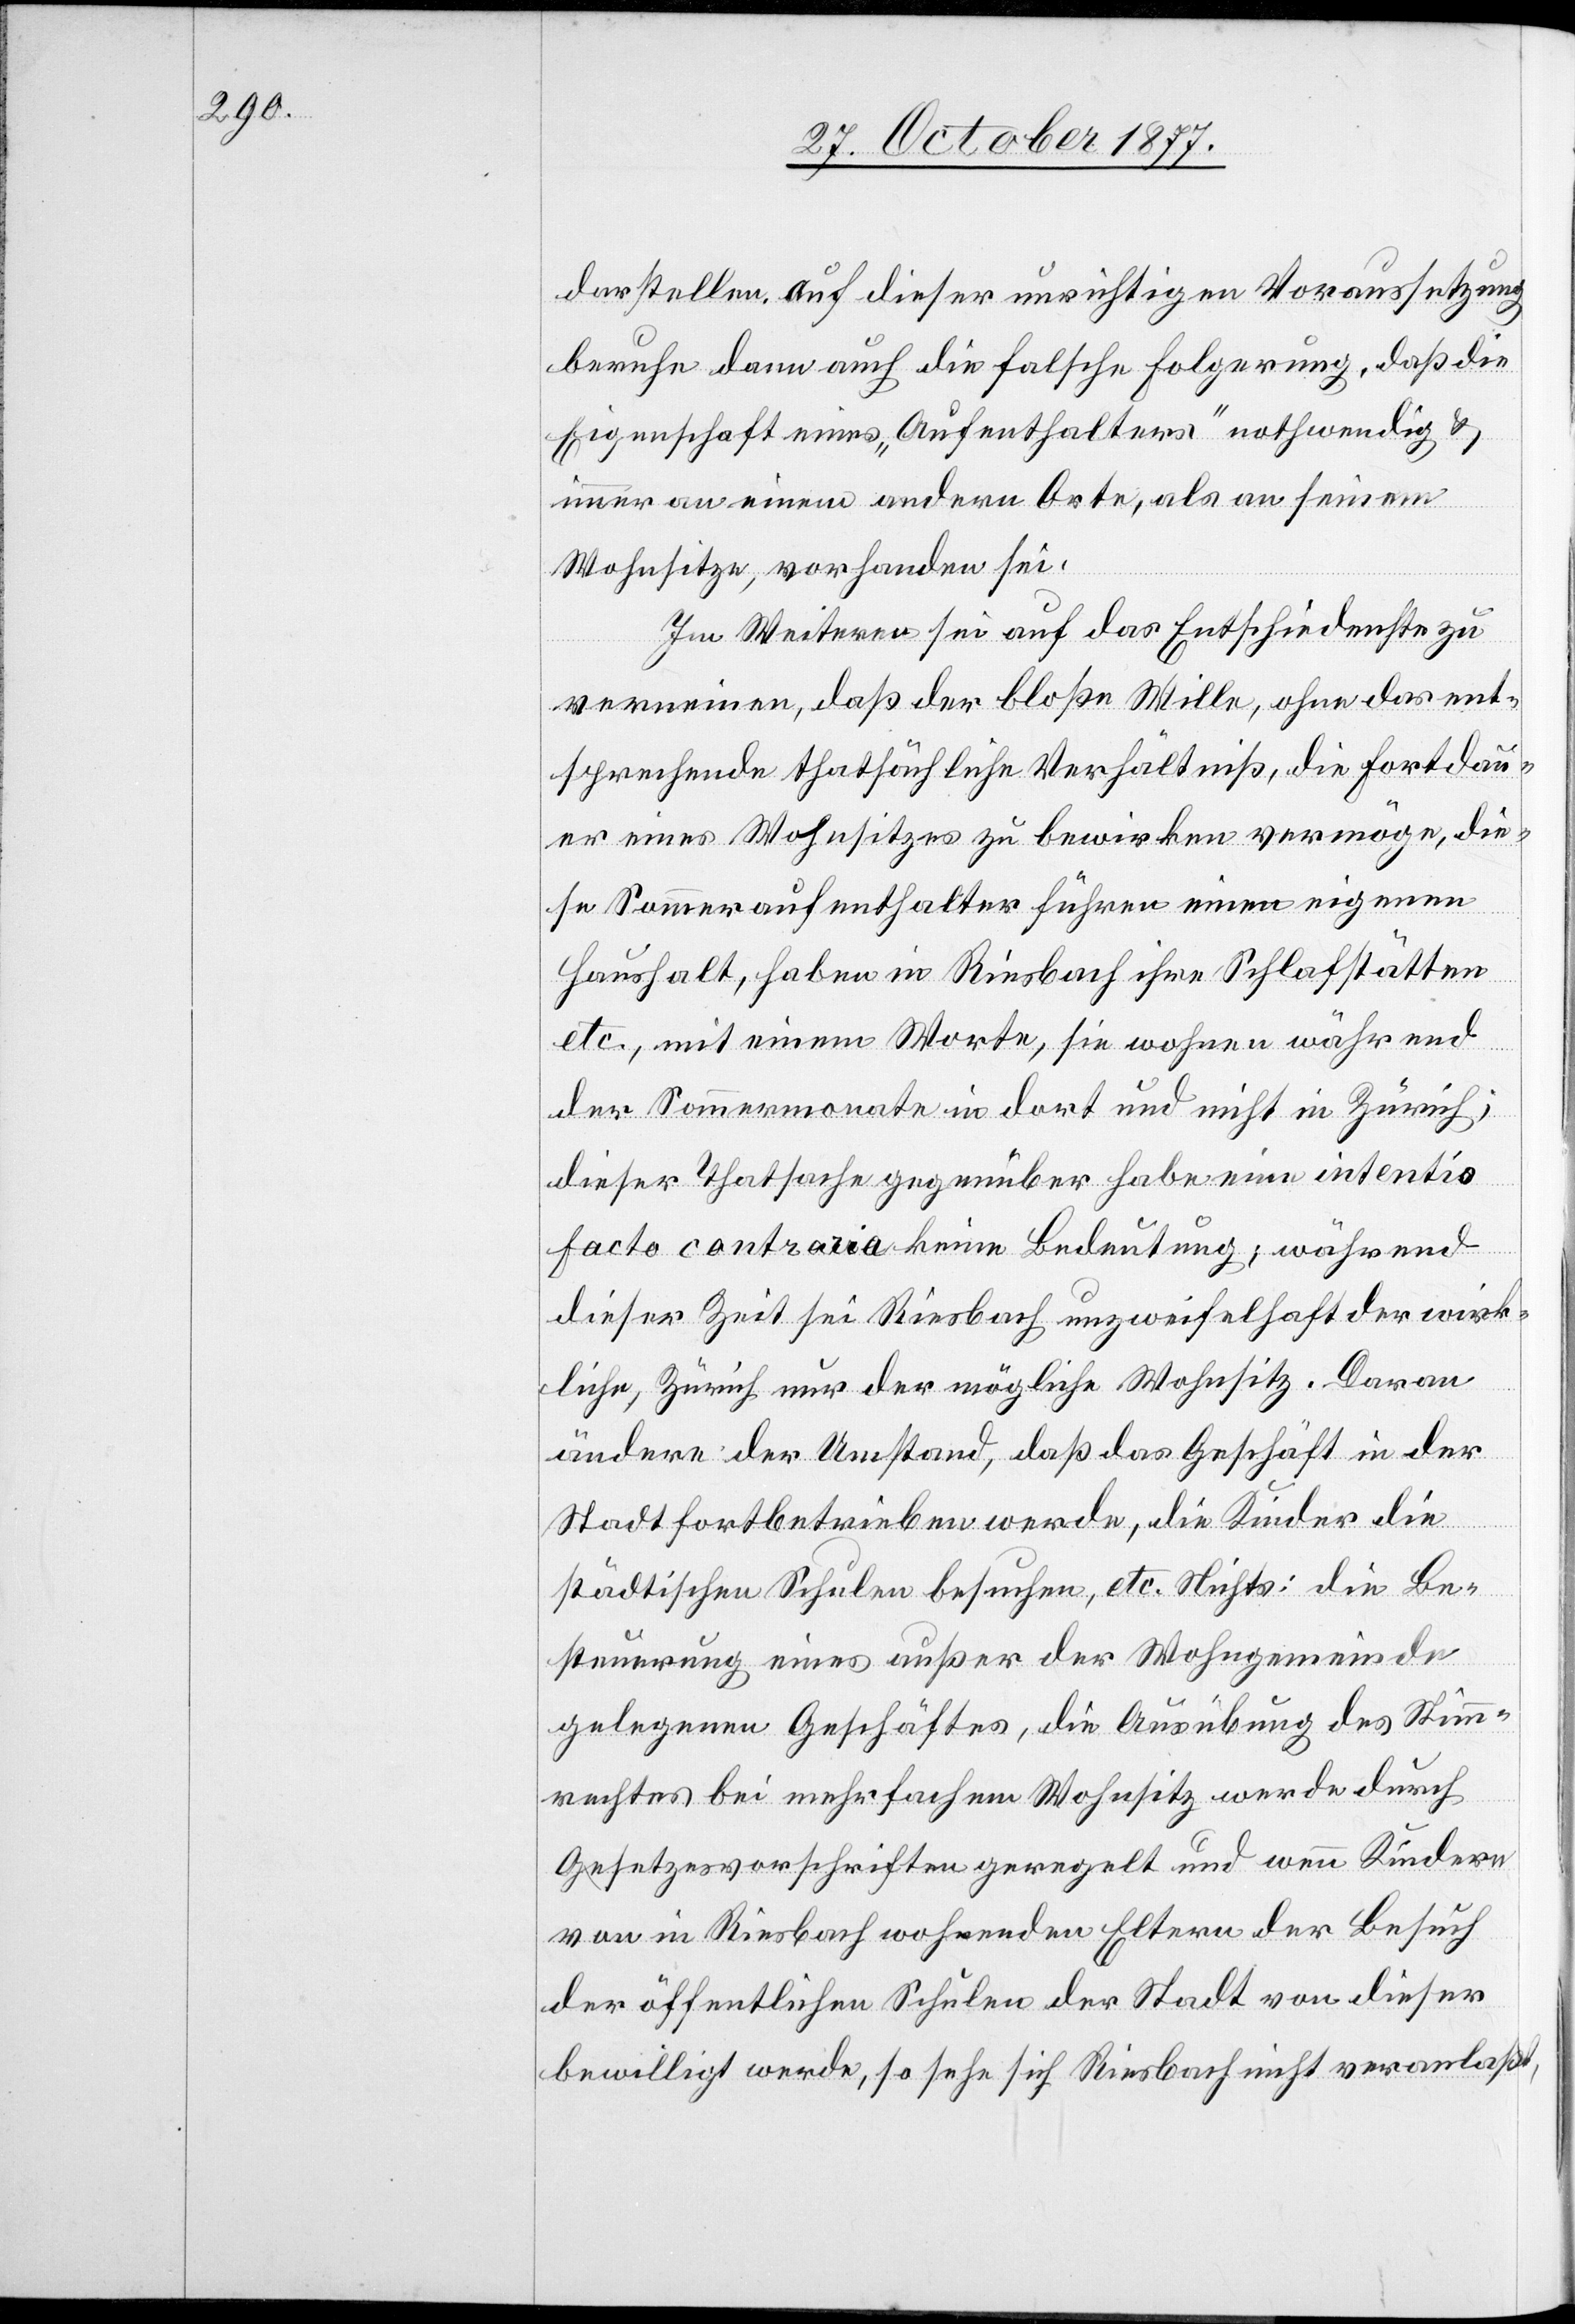
darstellen. Auf dieser unrichtigen Voraussetzung
beruhe dann auch die falsche Folgerung, daß die
Eigenschaft eines „Aufenthalters“ nothwendig &
immer an einem andern Orte, als an seinem
Wohnsitze, vorhanden sei.
Im Weiteren sei auf das Entschiedenste zu
verneinen, daß der bloße Wille, ohne das ent¬
sprechende thatsächliche Verhältniß, die Fortdau¬
er eines Wohnsitzes zu bewirken vermöge, die¬
se Sommeraufenthalter führen einen eigenen
Haushalt, haben in Riesbach ihre Schlafstätten
etc., mit einem Worte, sie wohnen während
der Sommermonate in dort und nicht in Zürich;
dieser Thatsache gegenüber habe eine intentio
facto contraria keine Bedeutung; während
dieser Zeit sei Riesbach unzweifelhaft der wirk¬
liche, Zürich nur der mögliche Wohnsitz. Daran
ändere der Umstand, daß das Geschäft in der
Stadt fortbetrieben werde, die Kinder die
städtischen Schulen besuchen, etc. Nichts: die Be¬
steuerung eines außer der Wohngemeinde
gelegenen Geschäftes, die Ausübung des Stimm¬
rechtes bei mehrfachem Wohnsitz werde durch
Gesetzesvorschriften geregelt und wenn Kindern
von in Riesbach wohnenden Eltern der Besuch
der öffentlichen Schulen der Stadt von dieser
bewilligt werde, so sehe sich Riesbach nicht veranlaßt,